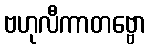
ဗဟုလီကာတဗ္ဗော